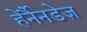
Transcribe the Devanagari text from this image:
हेर्नैनडेज़